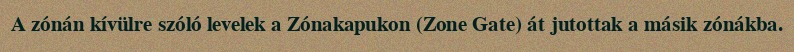
A zónán kívülre szóló levelek a Zónakapukon (Zone Gate) át jutottak a másik zónákba.